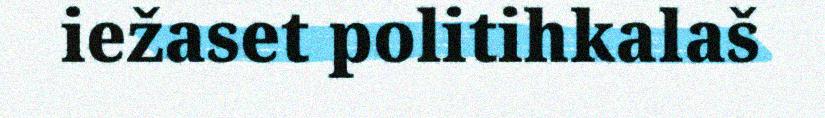
iežaset politihkalaš